Lunatic asylums Punjab 1868-1880 - 1868-1880
Year: 1868
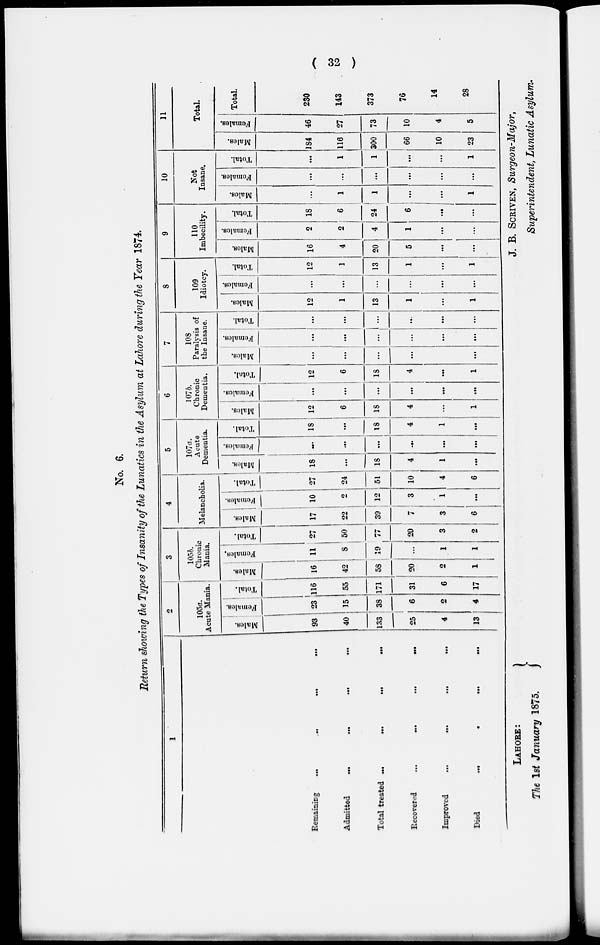
( 32 )
No. 6.
Return showing the Types of Insanity of the Lunatics in the Asylum at Lahore during the Year 1874.
1
Remaining ... ... ... ...
Admitted
...
...
...
...
Total treated ...
...
...
...
Recovered
...
...
...
...
Improved ... ... ... ...
Died
...
...
...
...
2
105a.
Acute Mania.
Males.
93
40
133
25
4
13
Femal es .
23
15
38
6
2
4
Tot al .
116
55
171
31
6
17
3
105b.
Chronic
Mania.
Mal es .
16
42
58
20
2
1
Females.
11
8
19
...
1
1
Total.
27
50
77
20
3
2
4
Melancholia.
Males.
17
22
39
7
3
6
Females.
10
2
12
3
1
...
Total.
27
24
51
10
4
6
5
107a.
Acute
Dementia.
Males.
18
...
18
4
1
...
Females.
...
...
...
...
...
...
Total.
18
...
18
4
1
...
6
107b.
Chronic
Dementia.
Mal es .
12
6
18
4
...
1
Fe ma l
e s .
...
...
...
...
...
...
Total.
12
6
18
4
...
1
7
108
Paralysis of
the Insane.
Mal es .
...
...
...
...
...
Females.
...
...
...
...
...
...
Total.
...
...
...
...
...
...
8
109
Idiotcy.
Males.
12
1
13
1
...
1
Fe ma l
e s .
...
...
...
...
...
...
Tot al .
12
1
13
1
...
1
9
110
Imbecility.
Males.
16
4
20
5
...
...
Females.
2
2
4
1
...
...
Total.
18
6
24
6
...
10
Not
Insane.
Males.
...
1
1
...
...
1
Females.
...
...
...
...
...
...
Total.
...
1
1
...
...
1
11
Total.
Males.
184
116
300
66
10
23
Females.
46
27
73
10
4
5
Total.
230
143
373
76
14
28
LAHORE:
The 1st January 1875.
J. B. SCRIVEN, Surgeon-Major,
Superintendent, Lunatic Asylum.